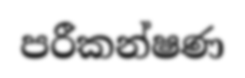
පරීකන්ෂණ